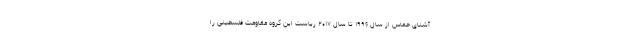
آشنای حماس از سال ۱۹۹۶ تا سال ۲۰۱۷ ریاست این گروه مقاومت فلسطینی را